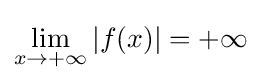
\lim _{x\to +\infty }{|f(x)|}=+\infty